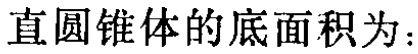
直圆锥体的底面积为：